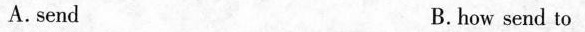
A.send B.how send to